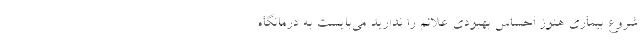
شروع بیماری هنوز احساس بهبودی علائم را ندارید می‌بایست به درمانگاه